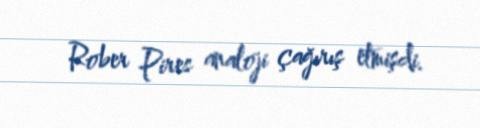
Rober Pires analoji çağırış etmişdi.